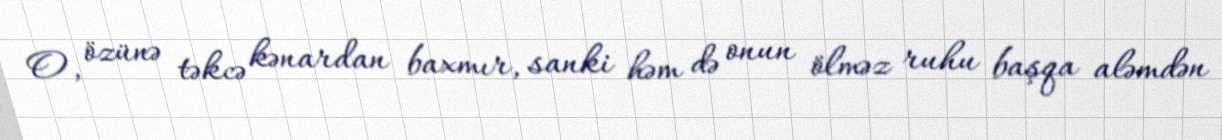
O, özünə təkcə kənardan baxmır, sanki həm də onun ölməz ruhu başqa aləmdən